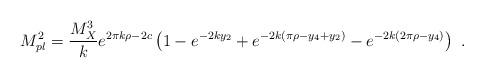
LaTeX: \begin{align*}M_{pl}^2 = {{M_X^3}\over k} e^{2 \pi k \rho -2c } \left(1- e^{-2k y_2} + e^{-2 k ( \pi \rho - y_4 +y_2) } - e^{-2 k ( 2 \pi \rho - y_4)}\right)~.~\,\end{align*}